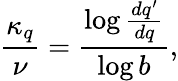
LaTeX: \frac{\kappa_{q}}{\nu}=\frac{\log\frac{dq^{\prime}}{dq}}{\log b},